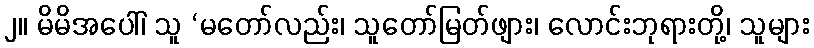
၂။ မိမိအပေါ်၊ သူ ‘မတော်လည်း၊ သူတော်မြတ်ဖျား၊ လောင်းဘုရားတို့၊ သူများ